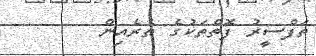
ތަފްސީރު ފޮތްތަކުގެ ތެރެއިން